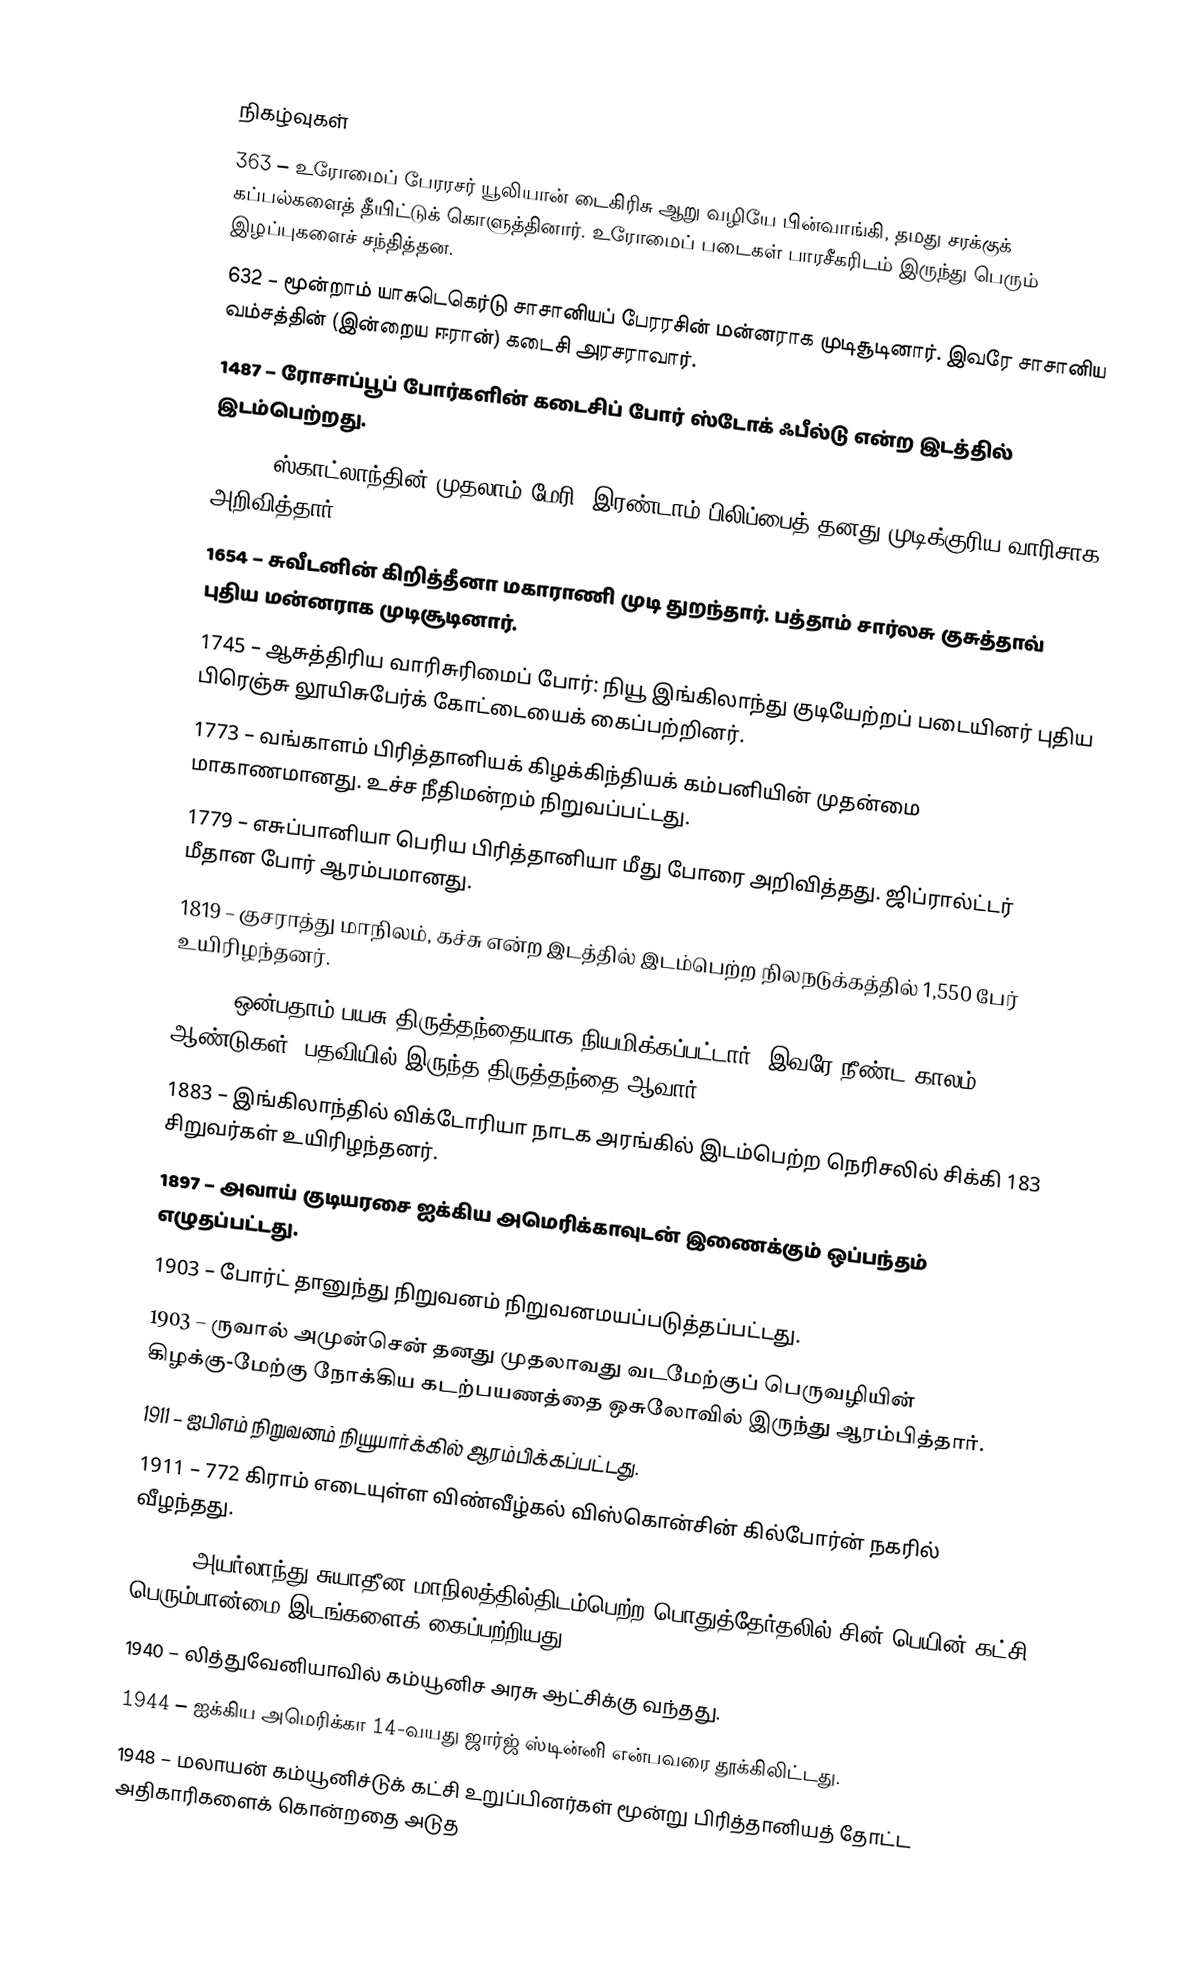

நிகழ்வுகள்
363 – உரோமைப் பேரரசர் யூலியான் டைகிரிசு ஆறு வழியே பின்வாங்கி, தமது சரக்குக் கப்பல்களைத் தீயிட்டுக் கொளுத்தினார். உரோமைப் படைகள் பாரசீகரிடம் இருந்து பெரும் இழப்புகளைச் சந்தித்தன.
632 – மூன்றாம் யாசுடெகெர்டு சாசானியப் பேரரசின் மன்னராக முடிசூடினார். இவரே சாசானிய வம்சத்தின் (இன்றைய ஈரான்) கடைசி அரசராவார்.
1487 – ரோசாப்பூப் போர்களின் கடைசிப் போர் ஸ்டோக் ஃபீல்டு என்ற இடத்தில் இடம்பெற்றது.
1586 – ஸ்காட்லாந்தின் முதலாம் மேரி, இரண்டாம் பிலிப்பைத் தனது முடிக்குரிய வாரிசாக அறிவித்தார்.
1654 – சுவீடனின் கிறித்தீனா மகாராணி முடி துறந்தார். பத்தாம் சார்லசு குசுத்தாவ் புதிய மன்னராக முடிசூடினார்.
1745 – ஆசுத்திரிய வாரிசுரிமைப் போர்: நியூ இங்கிலாந்து குடியேற்றப் படையினர் புதிய பிரெஞ்சு லூயிசுபேர்க் கோட்டையைக் கைப்பற்றினர்.
1773 – வங்காளம் பிரித்தானியக் கிழக்கிந்தியக் கம்பனியின் முதன்மை மாகாணமானது. உச்ச நீதிமன்றம் நிறுவப்பட்டது.
1779 – எசுப்பானியா பெரிய பிரித்தானியா மீது போரை அறிவித்தது. ஜிப்ரால்ட்டர் மீதான போர் ஆரம்பமானது.
1819 – குசராத்து மாநிலம், கச்சு என்ற இடத்தில் இடம்பெற்ற நிலநடுக்கத்தில் 1,550 பேர் உயிரிழந்தனர்.
1846 – ஒன்பதாம் பயசு திருத்தந்தையாக நியமிக்கப்பட்டார். இவரே நீண்ட காலம் (32 ஆண்டுகள்) பதவியில் இருந்த திருத்தந்தை ஆவார்.
1883 – இங்கிலாந்தில் விக்டோரியா நாடக அரங்கில் இடம்பெற்ற நெரிசலில் சிக்கி 183 சிறுவர்கள் உயிரிழந்தனர்.
1897 – அவாய் குடியரசை ஐக்கிய அமெரிக்காவுடன் இணைக்கும் ஒப்பந்தம் எழுதப்பட்டது.
1903 – போர்ட் தானுந்து நிறுவனம் நிறுவனமயப்படுத்தப்பட்டது.
1903 – ருவால் அமுன்சென் தனது முதலாவது வடமேற்குப் பெருவழியின் கிழக்கு-மேற்கு நோக்கிய கடற்பயணத்தை ஒசுலோவில் இருந்து ஆரம்பித்தார்.
1911 – ஐபிஎம் நிறுவனம் நியூயார்க்கில் ஆரம்பிக்கப்பட்டது.
1911 – 772 கிராம் எடையுள்ள விண்வீழ்கல் விஸ்கொன்சின் கில்போர்ன் நகரில் வீழந்தது.
1922 – அயர்லாந்து சுயாதீன மாநிலத்தில்திடம்பெற்ற பொதுத்தேர்தலில் சின் பெயின் கட்சி பெரும்பான்மை இடங்களைக் கைப்பற்றியது.
1940 – லித்துவேனியாவில் கம்யூனிச அரசு ஆட்சிக்கு வந்தது.
1944 – ஐக்கிய அமெரிக்கா 14-வயது ஜார்ஜ் ஸ்டின்னி என்பவரை தூக்கிலிட்டது.
1948 – மலாயன் கம்யூனிச்டுக் கட்சி உறுப்பினர்கள் மூன்று பிரித்தானியத் தோட்ட அதிகாரிகளைக் கொன்றதை அடுத